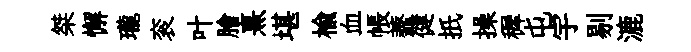
桀懈瓏衮叶膾熹堪楡血帳虀健扺操穉屯宇剔漉